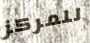
للمركز